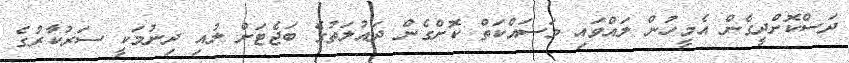
ދަސްކޮށްދީގެން އެމީހުން ލައްވައި މަސައްކަތް ކޮށްގެން ދައުލަތުގެ ބަޖެޓަށް ލުއި ދިނުމަކީ ސަރުކާރުގެ